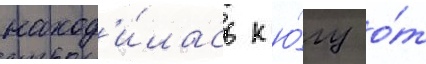
наход'и́лась к ю́гу о́т